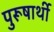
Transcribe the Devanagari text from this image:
पुरूषार्थी